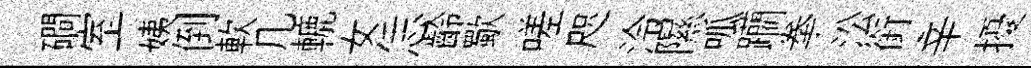
磵室姨倒軟几轆女恁齡歜嗟咫泠隰呱躪拳㳂銜辛擾